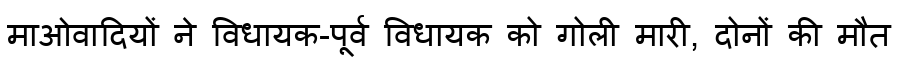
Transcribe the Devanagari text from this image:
माओवादियों ने विधायक-पूर्व विधायक को गोली मारी, दोनों की मौत